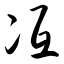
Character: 冱